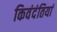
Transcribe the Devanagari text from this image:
किवंदंतियां